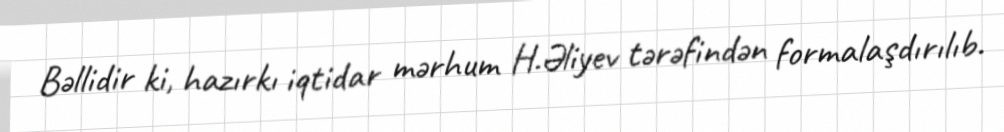
Bəllidir ki, hazırkı iqtidar mərhum H.Əliyev tərəfindən formalaşdırılıb.